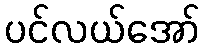
ပင်လယ်အော်